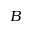
B